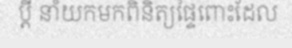
ប្តី នាំយកមកពិនិត្យផ្ទៃពោះដែល